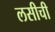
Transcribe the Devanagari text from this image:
लसीची